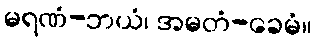
မရဏံ-ဘယံ၊ အမတံ-ခေမံ။